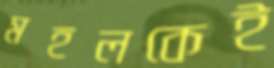
মহলকেই